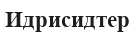
Идрисидтер